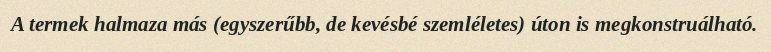
A termek halmaza más (egyszerűbb, de kevésbé szemléletes) úton is megkonstruálható.